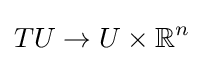
TU\to U\times \mathbb {R} ^{n}